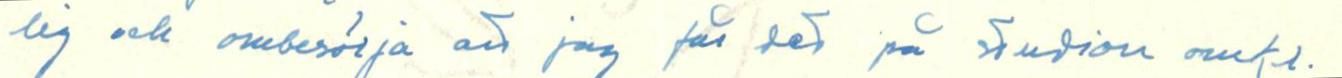
lig och ombesörja att jag får det på studion omkr.